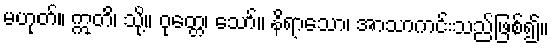
မဟုတ်။ ဣတိ၊ သို့။ ဝုတ္တေ၊ သော်။ နိရာသော၊ အာသာကင်းသည်ဖြစ်၍။